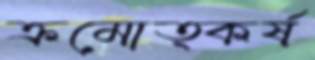
ক্রমোত্কর্ষ